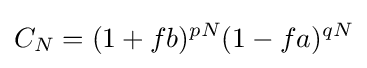
C_{N}=(1+fb)^{pN}(1-fa)^{qN}